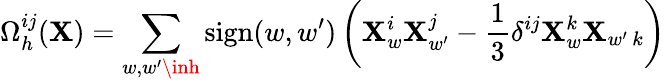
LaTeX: \Omega_{h}^{ij}(\mathbf{X})=\sum_{w,{w^{\prime}}\inh}\mathrm{{sign}}(w,{w^{\prime}})\left(\mathbf{X}_{w}^{i}\mathbf{X}_{w^{\prime}}^{j}-{\frac{{1}}{{3}}}\delta^{ij}\mathbf{X}_{w}^{k}\mathbf{X}_{w^{\prime}\, k}\right)